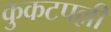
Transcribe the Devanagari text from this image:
कुकटपल्ली